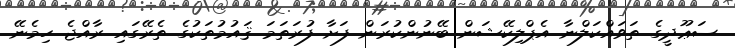
ސަޢޫދީގެ ތަވައްކަލްނާ އެޕްލިކޭޝަން ބޭނުންކުރަން ފަށާ ފުރަތަމަ ޤައުމުތަކުގެ ތެރޭގައި ރާއްޖެ ހިމެނޭ